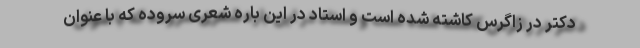
دکتر در زاگرس کاشته شده است و استاد در این باره شعری سروده که با عنوان